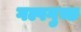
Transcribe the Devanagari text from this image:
गल्पगुच्छ